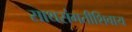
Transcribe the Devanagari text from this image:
साथसंगतीशिवाय